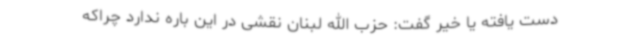
دست یافته یا خیر گفت: حزب الله لبنان نقشی در این باره ندارد چراکه